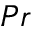
P r